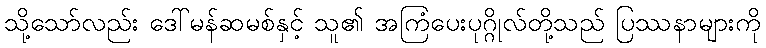
သို့သော်လည်း ဒေါ်မန်ဆမစ်နှင့် သူ၏ အကြံပေးပုဂ္ဂိုလ်တို့သည် ပြဿနာများကို